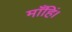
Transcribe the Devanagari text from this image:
माँहिं।